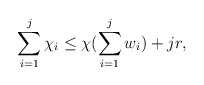
\begin{align*}\sum\limits_{i=1}^j \chi_i \leq \chi(\sum\limits_{i=1}^j w_i) + jr,\end{align*}